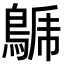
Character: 𪁦